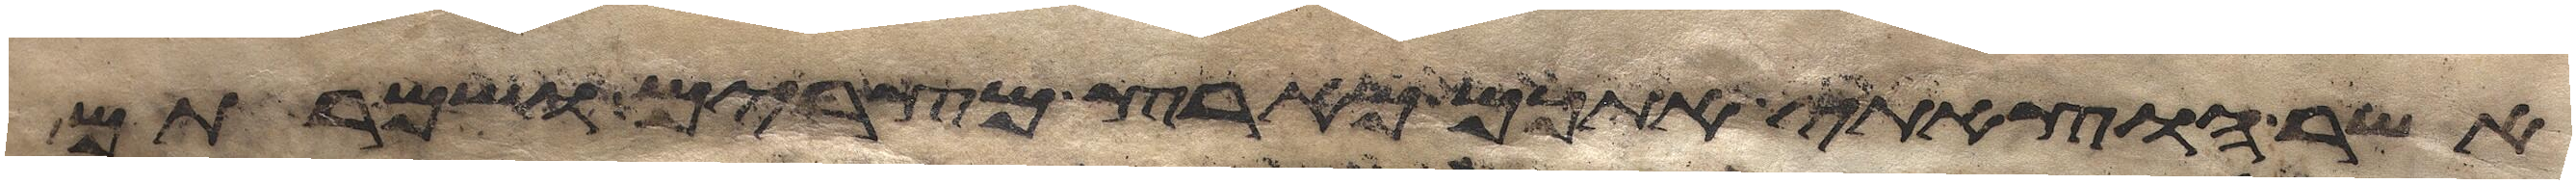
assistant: אשר הוצאתי אתכם מארץ מצרים ושמרתם